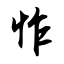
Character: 怍